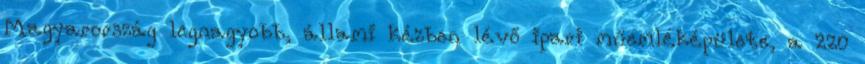
Magyarország legnagyobb, állami kézben lévő ipari műemléképülete, a 220